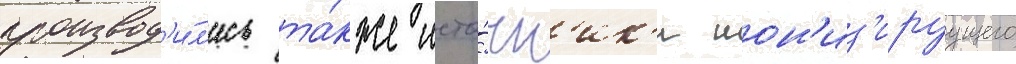
производ'и́л'ись та́кже исто́чн'ик'и ион'из'ируущего